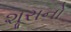
શૂરાનો